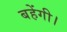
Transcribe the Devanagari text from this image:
बहेंगी।